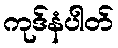
ကုဒ်နံပါတ်